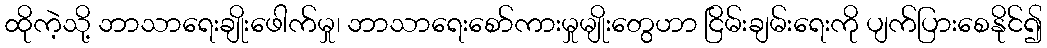
ထိုကဲ့သို့ ဘာသာရေးချိုးဖေါက်မှု၊ ဘာသာရေးစော်ကားမှုမျိုးတွေဟာ ငြိမ်းချမ်းရေးကို ပျက်ပြားစေနိုင်၍